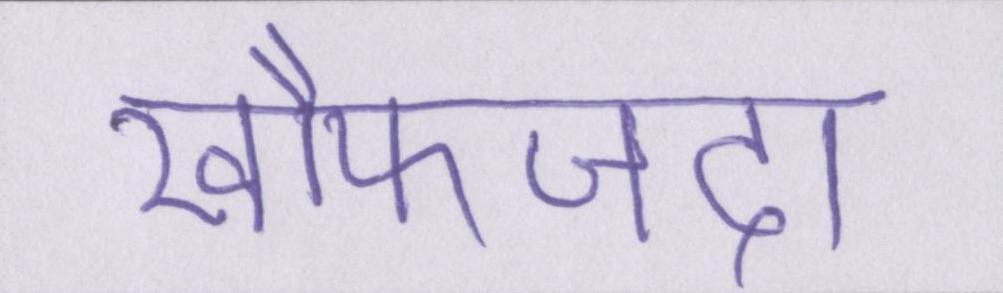
खौफजदा